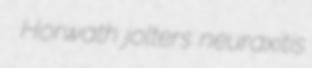
Horwath jolters neuraxitis